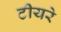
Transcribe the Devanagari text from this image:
टीयरे